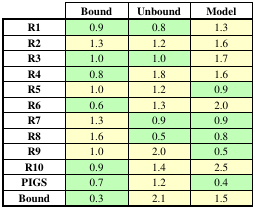
|  | Bound | Unbound | Model |
 | --- | --- | --- | --- |
 | R1 | 0.9 | 0.8 | 1.3 |
 | R2 | 1.3 | 1.2 | 1.6 |
 | R3 | 1.0 | 1.0 | 1.7 |
 | R4 | 0.8 | 1.8 | 1.6 |
 | R5 | 1.0 | 1.2 | 0.9 |
 | R6 | 0.6 | 1.3 | 2.0 |
 | R7 | 1.3 | 0.9 | 0.9 |
 | R8 | 1.6 | 0.5 | 0.8 |
 | R9 | 1.0 | 2.0 | 0.5 |
 | R10 | 0.9 | 1.4 | 2.5 |
 | PIGS | 0.7 | 1.2 | 0.4 |
 | Bound | 0.3 | 2.1 | 1.5 |